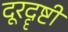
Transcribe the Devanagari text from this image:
दूरदॄष्टी